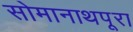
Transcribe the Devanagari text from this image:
सोमानाथपूरा